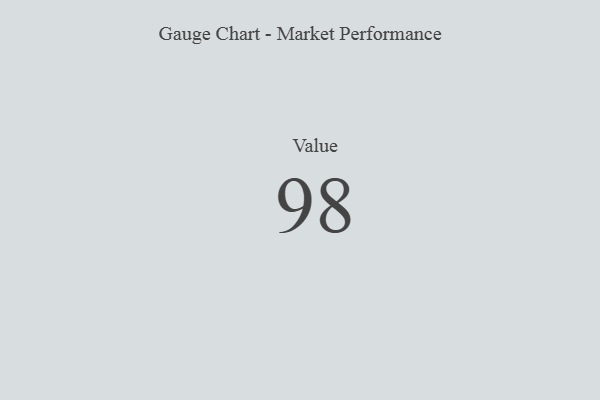
{"axis": {"x": "Metric", "y": "Value"}, "legend": [""], "data": [{"x": "Value", "y": 98, "type": ""}]}